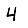
Digit: 4